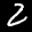
Label: 2